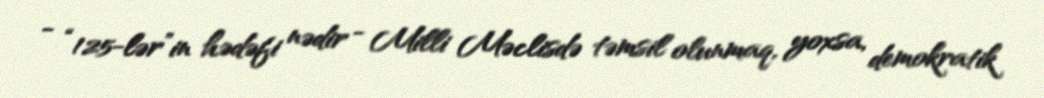
- “125-lər”in hədəfi nədir - Milli Məclisdə təmsil olunmaq, yoxsa, demokratik